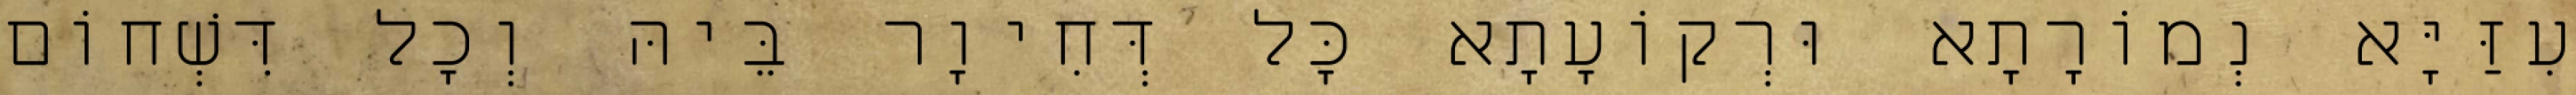
עִזַּיָּא נְמוֹרָתָא וּרְקוֹעָתָא כָּל דְּחִיוָר בֵּיהּ וְכָל דִּשְׁחוֹם